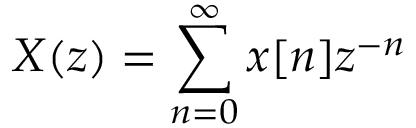
X ( z ) = \sum _ { n = 0 } ^ { \infty } x [ n ] z ^ { - n }